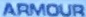
ARMOUR